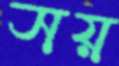
সয়